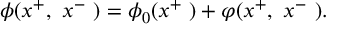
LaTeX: \phi ( x ^ { + } , ~ x ^ { - } ~ ) = \phi _ { 0 } ( x ^ { + } ~ ) + \varphi ( x ^ { + } , ~ x ^ { - } ~ ) .